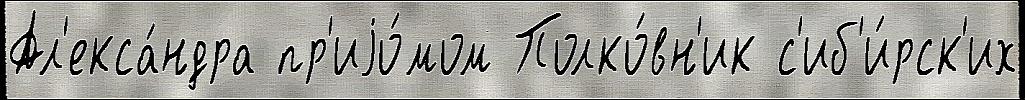
Ал'екса́ндра пр'иjо́мом Полко́вн'ик с'иб'и́рск'их